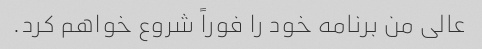
عالی من برنامه خود را فوراً شروع خواهم کرد.